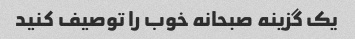
یک گزینه صبحانه خوب را توصیف کنید